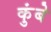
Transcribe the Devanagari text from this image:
कुंबे